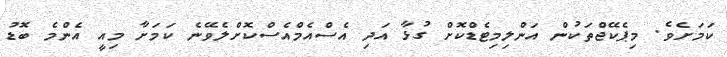
ކަމަށެވެ. މިޕެކޭޖްތަކުން އަންލިމިޓެޑްކޮށް ގުޅާ އަދި އެސްއެމްއެސްކޮށްލެވޭނެ ކަމަށާ މިއީ އެންމެ ބޮޑު